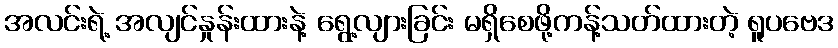
အလင်းရဲ့ အလျင်နှုန်းထားနဲ့ ရွေ့လျားခြင်း မရှိစေဖို့ကန့်သတ်ထားတဲ့ ရူပဗေဒ